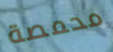
محمصة